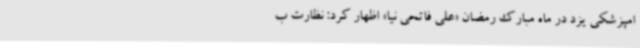
امپزشکی یزد در ماه مبارک رمضان «علی فاتحی نیا» اظهار کرد: نظارت ب